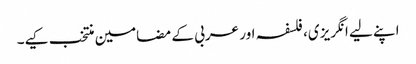
اپنے لیے انگریزی، فلسفہ اور عربی کے مضامین منتخب کیے۔